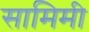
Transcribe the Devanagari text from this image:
सामिमी